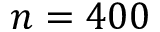
n = 4 0 0